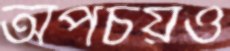
অপচয়ও